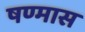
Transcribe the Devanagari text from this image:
षण्मास